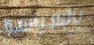
بالسياسة